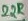
Text: 22R